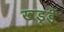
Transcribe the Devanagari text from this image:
खड्डें